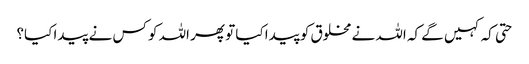
حتی کہ کہیں گے کہ اللہ نے مخلوق کو پیدا کیا تو پھر اللہ کو کس نے پیدا کیا؟